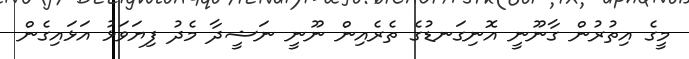
މީގެ އިތުރުން ގާނޫނީ އޮނިގަނޑުގެ ތެރެއިން ނޫނީ ނަޝީދާ މެދު ފިޔަވަޅު އަޅައިގެން